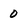
Character: 0